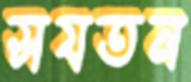
সযতন